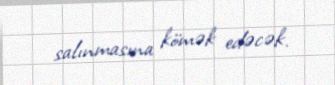
salınmasına kömək edəcək.